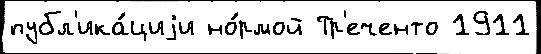
публ'ика́циjи но́рмой Тр'еченто 1911